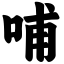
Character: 哺